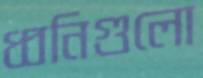
ধ্বনিগুলো